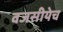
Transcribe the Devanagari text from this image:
वजसीयेच